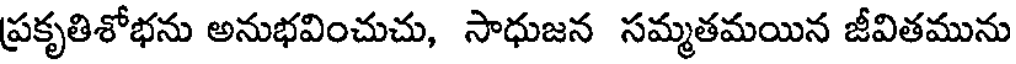
ప్రకృతిశోభను అనుభవించుచు, సాధుజన సమ్మతమయిన జీవితమును